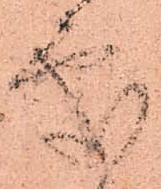
處